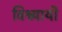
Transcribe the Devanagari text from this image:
विश्व्यायी